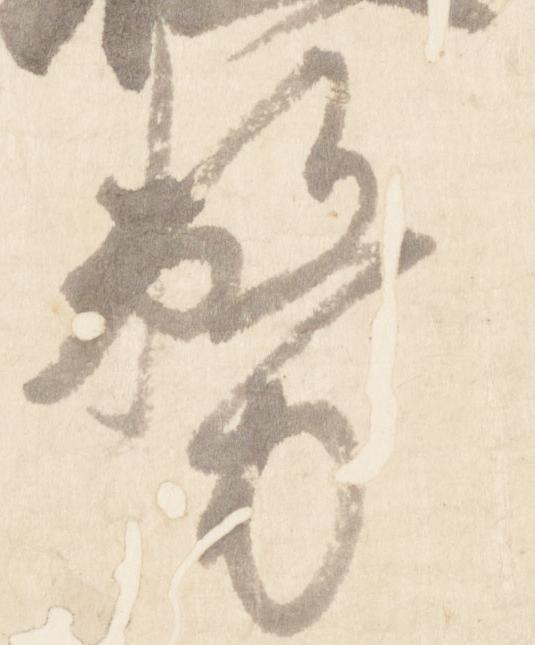
務